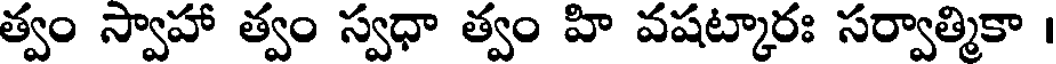
త్వం స్వాహా త్వం స్వధా త్వం హి వషట్కారః సర్వాత్మికా